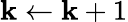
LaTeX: \mathbf{k}\gets\mathbf{k}+1